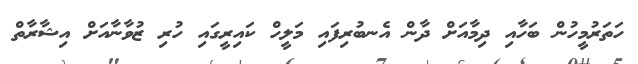
ހަތަރުމީހުން ބަހާއި ދިމާއަށް ދާން އެނބުރިފައި މަލީހް ކައިރީގައި ހުރި ޒުވާނާއަށް އިޝާރާތް